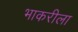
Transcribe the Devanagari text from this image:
भाकरीला